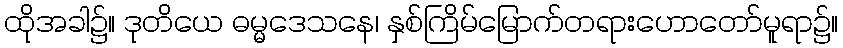
ထိုအခါ၌။ ဒုတိယေ ဓမ္မဒေသနေ၊ နှစ်ကြိမ်မြောက်တရားဟောတော်မူရာ၌။